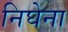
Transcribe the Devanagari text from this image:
निघेना